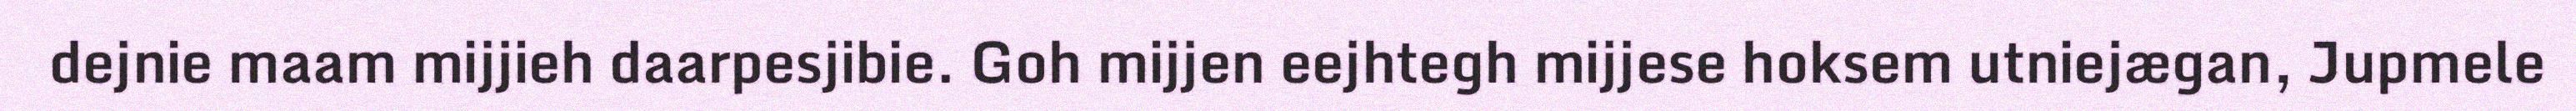
dejnie maam mijjieh daarpesjibie. Goh mijjen eejhtegh mijjese hoksem utniejægan, Jupmele